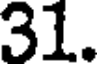
31.